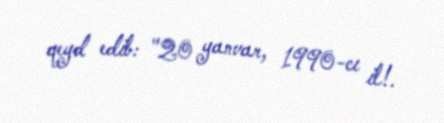
qeyd edib: "20 yanvar, 1990-cı il!.